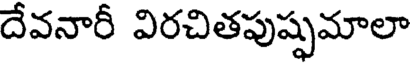
దేవనారీ విరచితపుష్పమాలా